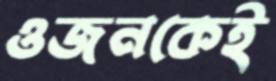
ওজনকেই